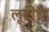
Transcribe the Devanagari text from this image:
लूटींचे